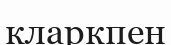
кларкпен